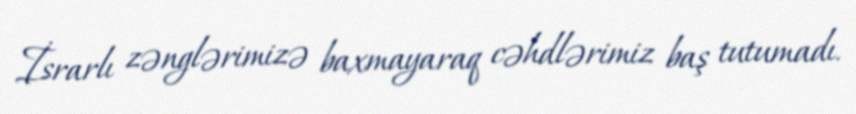
İsrarlı zənglərimizə baxmayaraq cəhdlərimiz baş tutumadı.